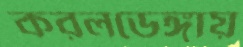
করলডেঙ্গায়